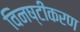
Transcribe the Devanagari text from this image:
विनष्टीकरण